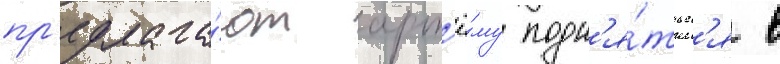
пр'едлага́ют арт'ё́му подн'я́тьс'я в